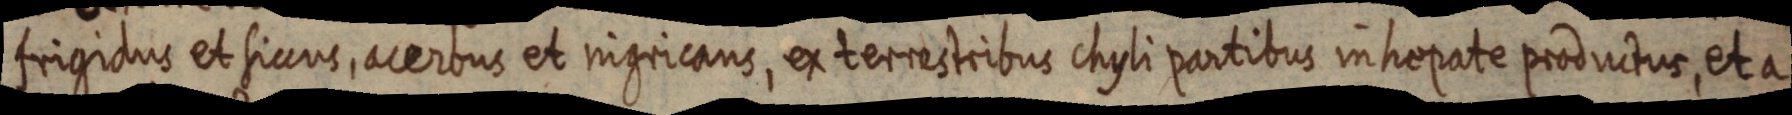
frigidus et siccus, acerbus et ingricans, ex terrestribus chyli partibus in hepate productus, et a